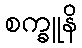
စက္ခူနိ